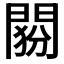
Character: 𨴶